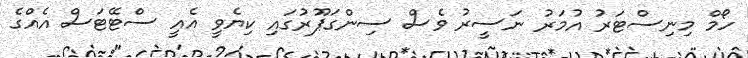
ހޯމް މިނިސްޓަރު އުމަރު ނަސީރު ވެސް ސިންގަޕޫރުގައި ކިޔެވީ އެއީ ސްޓޭޓަސް އެއްގެ